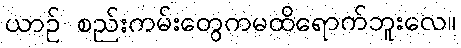
ယာဉ် စည်းကမ်းတွေကမထိရောက်ဘူးလေ။